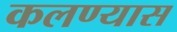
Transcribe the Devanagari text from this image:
कलण्यास